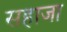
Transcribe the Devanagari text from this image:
सहाजा